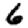
Digit: 6